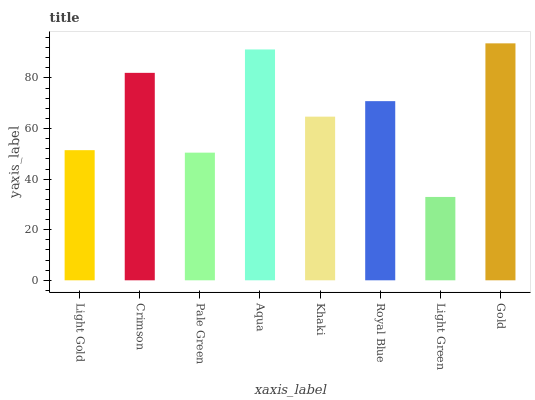
| xaxis_label | bars |
 | --- | --- |
 | Light Gold | 51.5 |
 | Crimson | 82 |
 | Pale Green | 50.5 |
 | Aqua | 91.3 |
 | Khaki | 64.7 |
 | Royal Blue | 70.8 |
 | Light Green | 33 |
 | Gold | 93.7 |